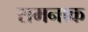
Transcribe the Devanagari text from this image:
रामनाक